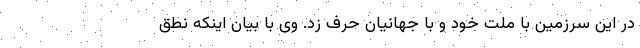
در این سرزمین‌ با ملت خود و با جهانیان حرف زد. وی با بیان اینکه نطق